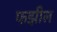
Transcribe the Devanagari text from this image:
फझील